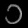
Digit: ၁